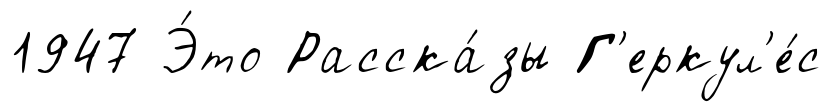
1947 Э́то Расска́зы Г'еркул'е́с